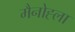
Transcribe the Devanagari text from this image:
मैनोह्ला